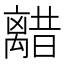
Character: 𫀥